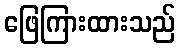
ဖြေကြားထားသည်